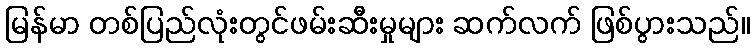
မြန်မာ တစ်ပြည်လုံးတွင်ဖမ်းဆီးမှုများ ဆက်လက် ဖြစ်ပွားသည်။